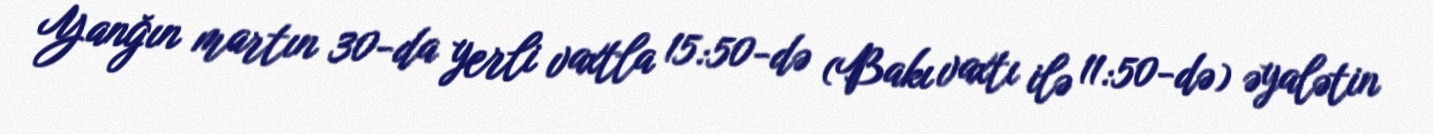
Yanğın martın 30-da yerli vaxtla 15:50-də (Bakı vaxtı ilə 11:50-də) əyalətin